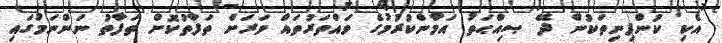
އެކި ކުންފިނިތަކުން ދޭ ޞިއްޙަތު އަމާންކުރުމުގެ ވައްތަރުތައް ވަރަށް ތަފާތުކޮށް ތަފާތު ނަންނަމުގައި